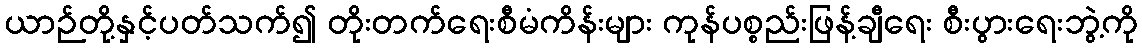
ယာဉ်တို့နှင့်ပတ်သက်၍ တိုးတက်ရေးစီမံကိန်းများ ကုန်ပစ္စည်းဖြန့်ချီရေး စီးပွားရေးဘွဲ့ကို